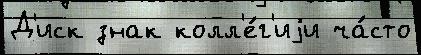
Д'иск знак колл'е́г'иjи ча́сто